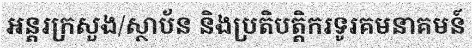
អន្តរក្រសួង/ស្ថាប័ន និងប្រតិបត្តិករទូរគមនាគមន៍